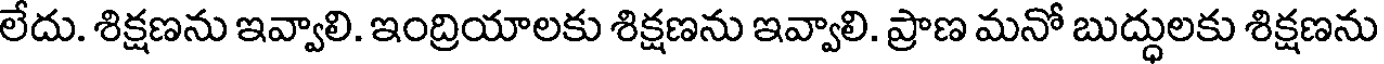
లేదు. శిక్షణను ఇవ్వాలి. ఇంద్రియాలకు శిక్షణను ఇవ్వాలి. ప్రాణ మనో బుద్ధులకు శిక్షణను